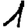
Digit: 1